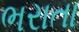
ભરાતા